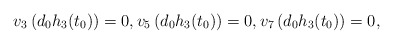
\begin{align*}v_3\left( d_0 h_3(t_0) \right) = 0, v_5\left( d_0 h_3(t_0) \right) = 0, v_7\left( d_0 h_3(t_0) \right) = 0,\end{align*}